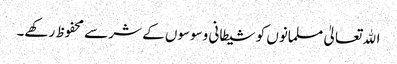
اﷲ تعالیٰ مسلمانوں کو شیطانی وسوسوں کے شر سے محفوظ رکھے۔